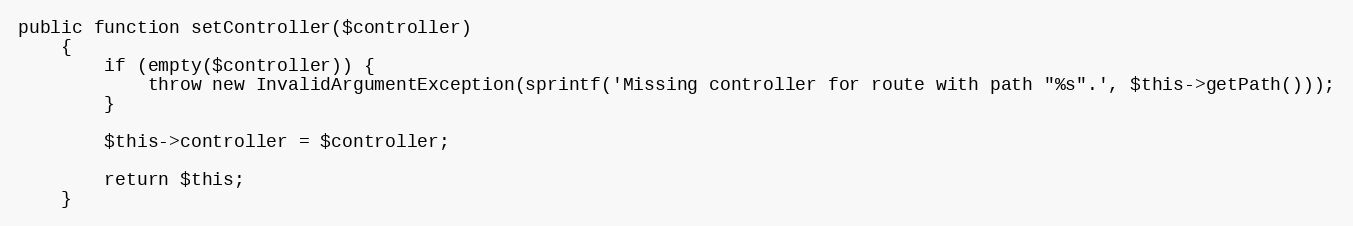
Language: PHP
public function setController($controller)
    {
        if (empty($controller)) {
            throw new InvalidArgumentException(sprintf('Missing controller for route with path "%s".', $this->getPath()));
        }

        $this->controller = $controller;

        return $this;
    }